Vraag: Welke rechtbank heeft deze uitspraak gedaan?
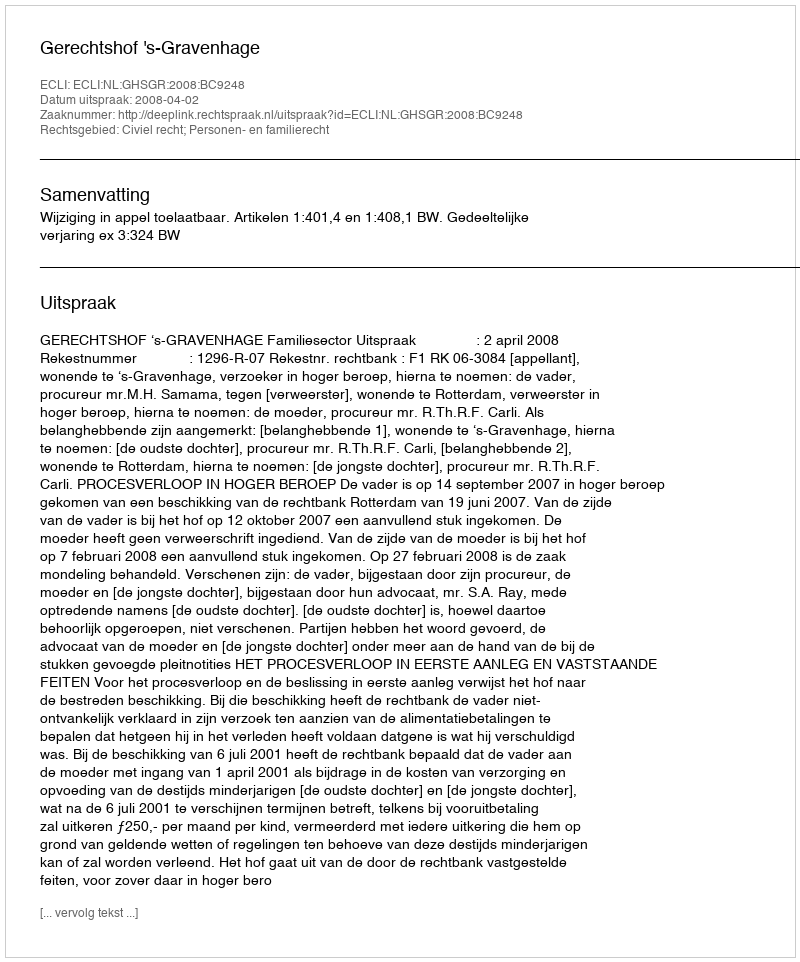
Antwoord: Gerechtshof 's-Gravenhage